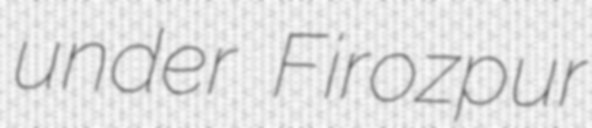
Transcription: under Firozpur